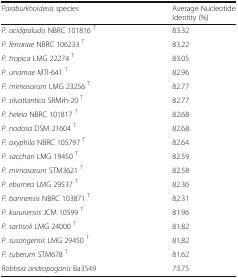
<table><thead><tr><td><b><i>Paraburkholderia</i> species</b></td><td><b>Average Nucleotide Identity (%)</b></td></tr></thead><tbody><tr><td><i>P. acidipaludis</i> NBRC 101816 <sup>T</sup></td><td>83.32</td></tr><tr><td><i>P. ferrariae</i> NBRC 106233 <sup>T</sup></td><td>83.22</td></tr><tr><td><i>P. tropica</i> LMG 22274 <sup>T</sup></td><td>83.05</td></tr><tr><td><i>P. unamae</i> MTl-641 <sup>T</sup></td><td>82.96</td></tr><tr><td><i>P. mimosarum</i> LMG 23256 <sup>T</sup></td><td>82.77</td></tr><tr><td><i>P. silvatlantica</i> SRMrh-20 <sup>T</sup></td><td>82.77</td></tr><tr><td><i>P. heleia</i> NBRC 101817 <sup>T</sup></td><td>82.68</td></tr><tr><td><i>P. nodosa</i> DSM 21604 <sup>T</sup></td><td>82.68</td></tr><tr><td><i>P. oxyphila</i> NBRC 105797 <sup>T</sup></td><td>82.64</td></tr><tr><td><i>P. sacchari</i> LMG 19450 <sup>T</sup></td><td>82.59</td></tr><tr><td><i>P. mimosarum</i> STM3621 <sup>T</sup></td><td>82.58</td></tr><tr><td><i>P. eburnea</i> LMG 29537 <sup>T</sup></td><td>82.36</td></tr><tr><td><i>P. bannensis</i> NBRC 103871 <sup>T</sup></td><td>82.31</td></tr><tr><td><i>P. kururiensis</i> JCM 10599 <sup>T</sup></td><td>81.96</td></tr><tr><td><i>P. sartisoli</i> LMG 24000 <sup>T</sup></td><td>81.82</td></tr><tr><td><i>P. susongensis</i> LMG 29450 <sup>T</sup></td><td>81.82</td></tr><tr><td><i>P. tuberum</i> STM678 <sup>T</sup></td><td>81.62</td></tr><tr><td><i>Robbsia andropogonis</i> Ba3549</td><td>73.75</td></tr></tbody></table>